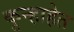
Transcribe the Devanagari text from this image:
कुन्हाहेत